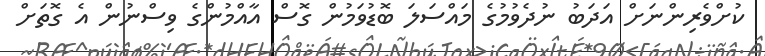
ކުށްވެރިންނަށް އަދަބު ނުދެވުމުގެ މައްސަލަ ބޮޑުވަމުން ގޮސް އާއްމުންގެ ވިސްނުން އެ ގޮތަށް